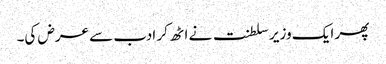
پھر ایک وزیر سلطنت نے اٹھ کر ادب سے عرض کی۔